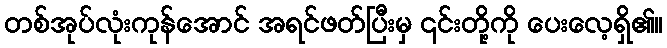
တစ်အုပ်လုံးကုန်အောင် အရင်ဖတ်ပြီးမှ ၎င်းတို့ကို ပေးလေ့ရှိ၏။